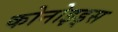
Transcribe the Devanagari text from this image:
कोनोइड्स